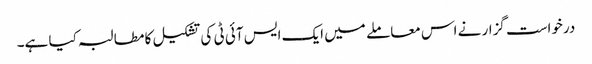
درخواست گزار نے اس معاملے میں ایک ایس آئی ٹی کی تشکیل کا مطالبہ کیا ہے۔